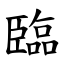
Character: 臨